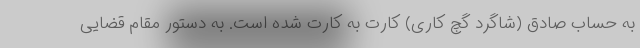
به حساب صادق (شاگرد گچ کاری) کارت به کارت شده است. به دستور مقام قضایی